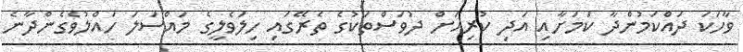
ވާހަކަ ދައްކަމުންދާ ކަމަށާއި އަދި ކުރިއަށް ދުވަސްތަކުގެ ތެރޭގައި ހިލަވެލީގެ މައްސަލަ ހައްލުވެގެންދާނެ